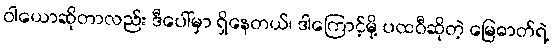
ဝါယောဆိုတာလည်း ဒီပေါ်မှာ ရှိနေတယ်၊ ဒါကြောင့်မို့ ပထဝီဆိုတဲ့ မြေဓာတ်ရဲ့